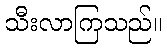
သီးလာကြသည်။